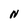
Character: N